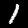
Label: 1